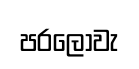
පරලොවැ